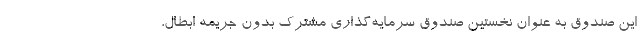
این صندوق به عنوان نخستین صندوق سرمایه‌گذاری مشترک بدون جریمه ابطال،